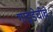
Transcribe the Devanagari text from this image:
गाइडेचीचे